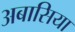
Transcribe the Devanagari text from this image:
अबासिया